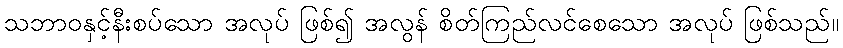
သဘာဝနှင့်နီးစပ်သော အလုပ် ဖြစ်၍ အလွန် စိတ်ကြည်လင်စေသော အလုပ် ဖြစ်သည်။